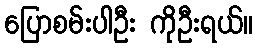
ပြောစမ်းပါဦး ကိုဦးရယ်။